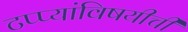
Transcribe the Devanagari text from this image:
टप्प्यांविषयीची